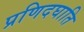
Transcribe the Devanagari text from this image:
प्रणिदघाति